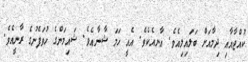
ކުއްޖާއާއި ދިމާއަށް ބަލައިލިއެވެ. އާނއެކެވެ. އެއީ ހަމަ ޝާނާއެވެ. ޝައިމަންގެ ހުވަފެނުގެ ރާނީއެވެ.